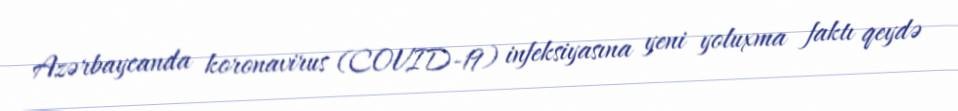
Azərbaycanda koronavirus (COVID-19) infeksiyasına yeni yoluxma faktı qeydə